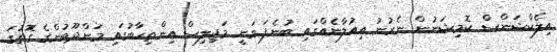
އިލެކްޝަންސް ކޮމިޝަނުން ނެރުނު އިއުލާނެއްގައި ބުނެފަ ވަނީ މަޖިލިސް އިންތިހާބުގައި މަންދޫބުންގެ ގޮތުގަ